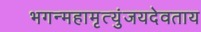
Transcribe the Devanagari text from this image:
भगन्महामृत्युंजयदेवताय